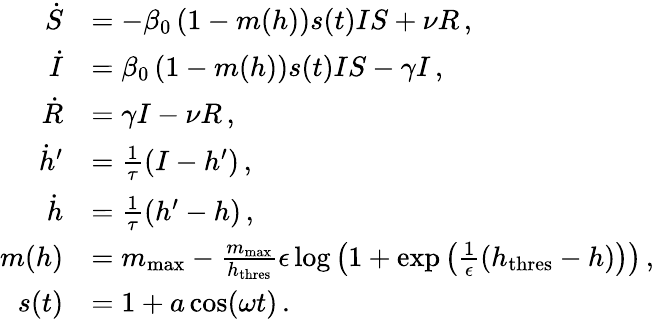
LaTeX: \begin{array}{rl}{\dot{S}}&{=-\beta_{0}\left(1-m(h)\right)s(t)IS+\nu R\, ,}\\ {\dot{I}}&{=\beta_{0}\left(1-m(h)\right)s(t)IS-\gamma I\, ,}\\ {\dot{R}}&{=\gamma I-\nu R\, ,}\\ {\dot{h}^{\prime}}&{=\frac{1}{\tau}(I-h^{\prime})\, ,}\\ {\dot{h}}&{=\frac{1}{\tau}(h^{\prime}-h)\, ,}\\ {m(h)}&{=m_{\mathrm{max}}-\frac{m_{\mathrm{max}}}{h_{\mathrm{thres}}}\epsilon\log\left(1+\exp\left(\frac{1}{\epsilon}\left(h_{\mathrm{thres}}-h\right)\right)\right)\, ,}\\ {s(t)}&{=1+a\, \mathrm{cos}(\omega t)\, .}\end{array}